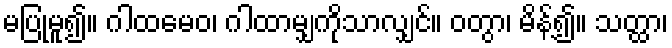
မပြုမူ၍။ ဂါထမေဝ၊ ဂါထာမျှကိုသာလျှင်။ ဝတွာ၊ မိန့်၍။ သတ္ထာ၊